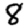
Digit: 8